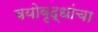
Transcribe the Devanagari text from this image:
वयोवृद्धांचा